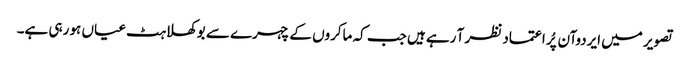
تصویر میں ایردوآن پُر اعتماد نظر آ رہے ہیں جب کہ ماکروں کے چہرے سے بوکھلاہٹ عیاں ہو رہی ہے۔